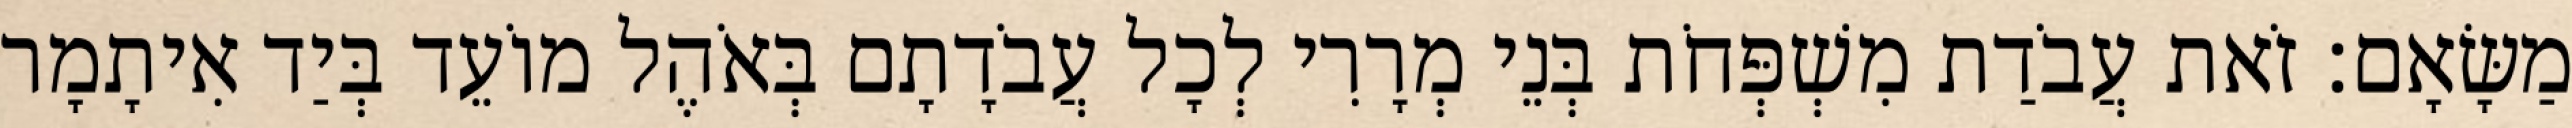
מַשָּׂאָם׃ זֹאת עֲבֹדַת מִשְׁפְּחֹת בְּנֵי מְרָרִי לְכָל עֲבֹדָתָם בְּאֹהֶל מוֹעֵד בְּיַד אִיתָמָר